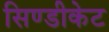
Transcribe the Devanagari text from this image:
सिण्डीकेट